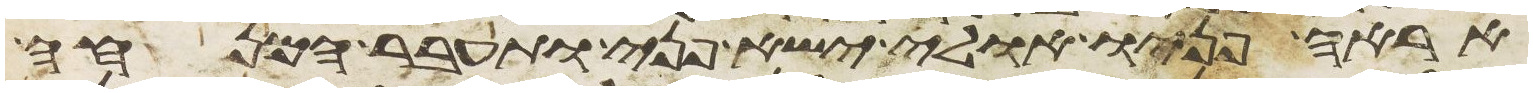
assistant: אראה פניו אולי ישא פני ותעבר המנחה